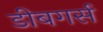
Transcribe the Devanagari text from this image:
डीबगर्स